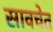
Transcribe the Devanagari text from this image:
सावचेत